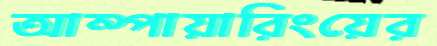
আম্পায়ারিংয়ের